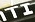
TI